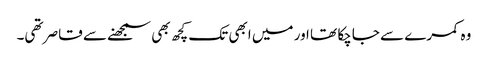
وہ کمرے سے جاچکا تھا اور میں ابھی تک کچھ بھی سمجھنے سے قاصر تھی۔